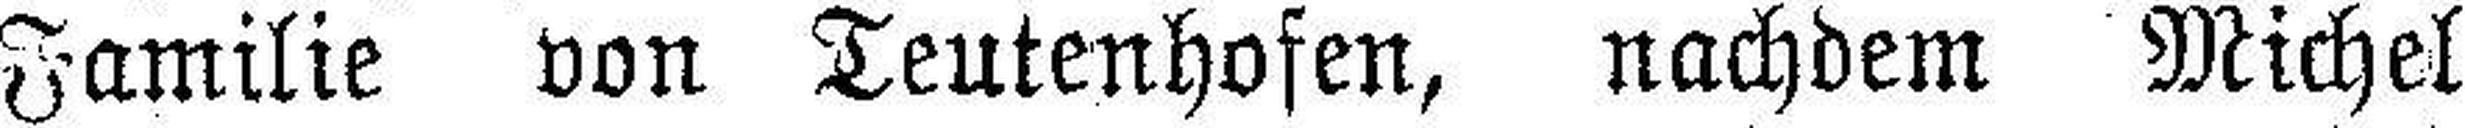
Familie von Teutenhofen, nachdem Michel